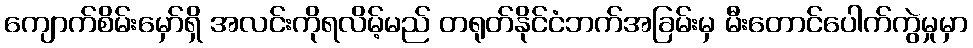
ကျောက်စိမ်းမှော်ရှိ အလင်းကိုရလိမ့်မည် တရုတ်နိုင်ငံဘက်အခြမ်းမှ မီးတောင်ပေါက်ကွဲမှုမှာ